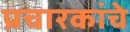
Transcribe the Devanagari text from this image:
प्रचारकांचे